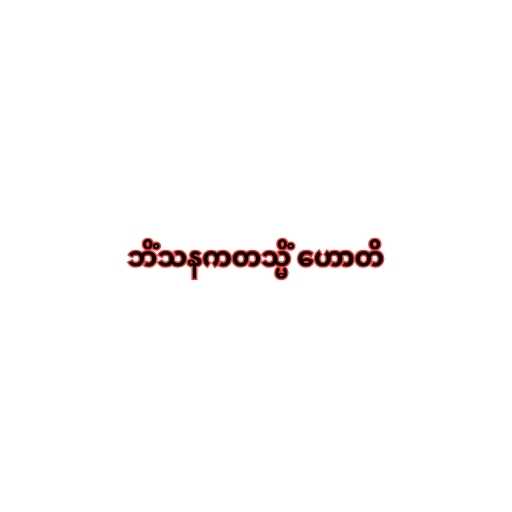
ဘိံသနကတသ္မိံ ဟောတိ